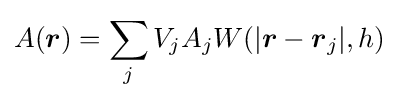
A({\boldsymbol {r}})=\sum _{j}V_{j}A_{j}W(|{\boldsymbol {r}}-{\boldsymbol {r}}_{j}|,h)